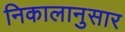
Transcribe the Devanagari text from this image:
निकालानुसार